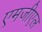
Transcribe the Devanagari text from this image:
एमजीएल